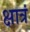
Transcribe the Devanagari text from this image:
क्षात्रं